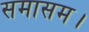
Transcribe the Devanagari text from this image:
समासम।